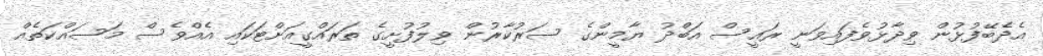
އެދެބޭފުޅުން ވިދާޅުވެފައިވަނީ ރައީސް އަބްދު ޔާމީންގެ ސަރުކާރުން ވިލުފުށީގެ ތަރައްގީއަށްޓަކައި އެއްވެސް މަސައްކަތެއް